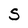
Character: S